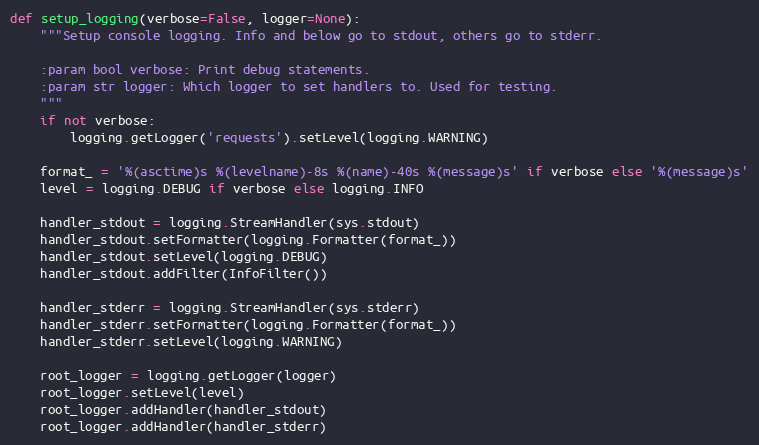
Language: Python
def setup_logging(verbose=False, logger=None):
    """Setup console logging. Info and below go to stdout, others go to stderr.

    :param bool verbose: Print debug statements.
    :param str logger: Which logger to set handlers to. Used for testing.
    """
    if not verbose:
        logging.getLogger('requests').setLevel(logging.WARNING)

    format_ = '%(asctime)s %(levelname)-8s %(name)-40s %(message)s' if verbose else '%(message)s'
    level = logging.DEBUG if verbose else logging.INFO

    handler_stdout = logging.StreamHandler(sys.stdout)
    handler_stdout.setFormatter(logging.Formatter(format_))
    handler_stdout.setLevel(logging.DEBUG)
    handler_stdout.addFilter(InfoFilter())

    handler_stderr = logging.StreamHandler(sys.stderr)
    handler_stderr.setFormatter(logging.Formatter(format_))
    handler_stderr.setLevel(logging.WARNING)

    root_logger = logging.getLogger(logger)
    root_logger.setLevel(level)
    root_logger.addHandler(handler_stdout)
    root_logger.addHandler(handler_stderr)